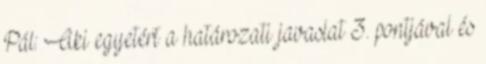
Pál: Aki egyetért a határozati javaslat 3. pontjával és